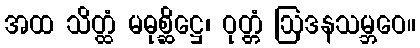
အထ သိတ္ထံ မဓုစ္ဆိဋ္ဌေ၊ ဝုတ္တံ ဩဒနသမ္ဘဝေ။